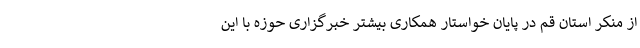
از منکر استان قم در پایان خواستار همکاری بیشتر خبرگزاری حوزه با این